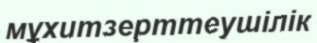
мұхитзерттеушілік